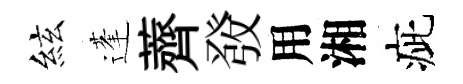
絃蓬薺𤼲用湘疵